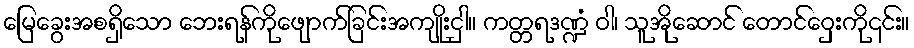
မြေခွေးအစရှိသော ဘေးရန်ကိုဖျောက်ခြင်းအကျိုးငှါ။ ကတ္တရဒဏ္ဍံ ဝါ၊ သူအိုဆောင် တောင်ဝှေးကို၎င်း။